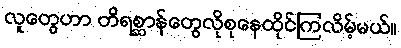
လူတွေဟာ တိရစ္ဆာန်တွေလိုစုနေထိုင်ကြလိမ့်မယ်။